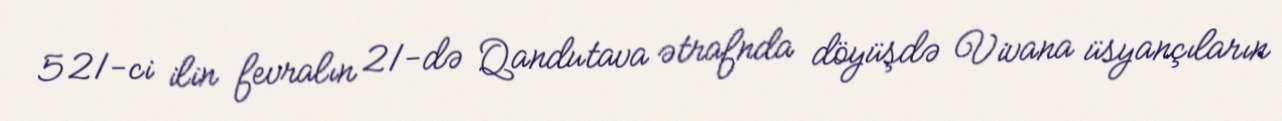
521-ci ilin fevralın 21-də Qandutava ətrafnda döyüşdə Vivana üsyançıların